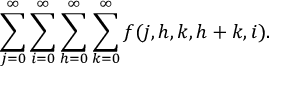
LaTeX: \sum _ { j = 0 } ^ { \infty } \sum _ { i = 0 } ^ { \infty } \sum _ { h = 0 } ^ { \infty } \sum _ { k = 0 } ^ { \infty } f ( j , h , k , h + k , i ) .